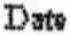
DATE